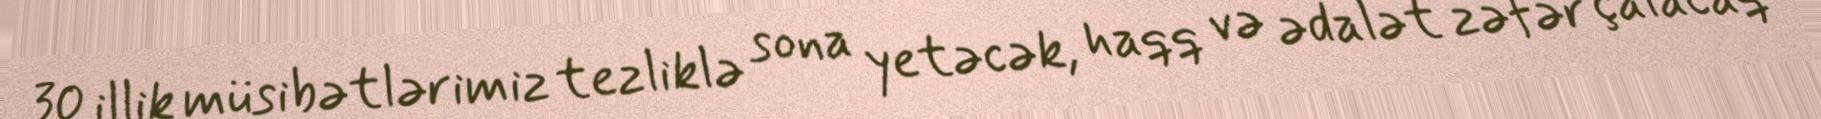
30 illik müsibətlərimiz tezliklə sona yetəcək, haqq və ədalət zəfər çalacaq